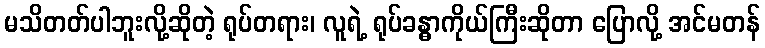
မသိတတ်ပါဘူးလို့ဆိုတဲ့ ရုပ်တရား၊ လူရဲ့ ရုပ်ခန္ဓာကိုယ်ကြီးဆိုတာ ပြောလို့ အင်မတန်